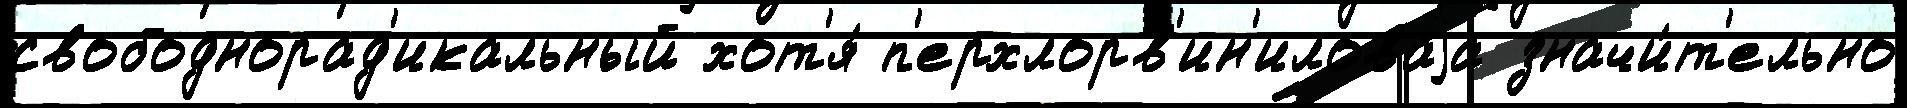
свободнорад'икальный хот'я́ п'ерхлорв'ин'иловаjа значи́т'ельно